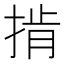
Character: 掯